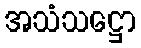
အသံသဋ္ဌော